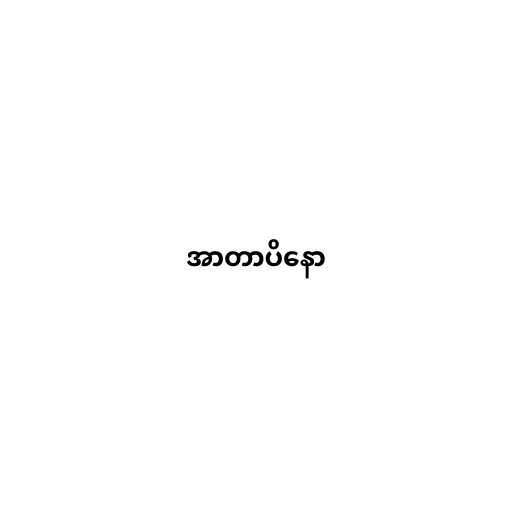
အာတာပိနော